Medical and sanitary report on the native army of Bombay for the year
Year: 1879
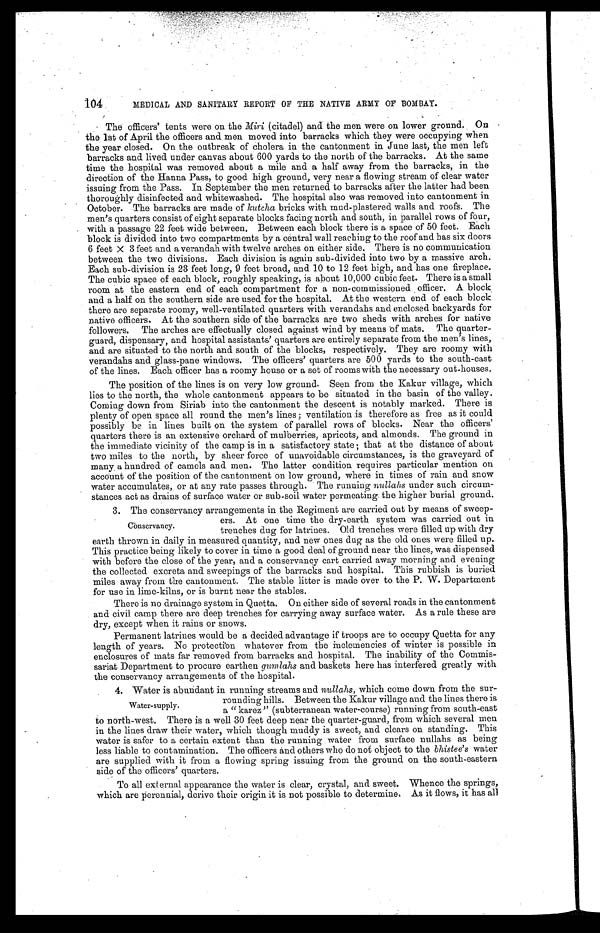
104
MEDICAL AND SANITARY REPORT OF THE NATIVE ARMY OFBOMBAY.
The officers' tents were on the Miri (citadel) and the men were on lower ground. On
the 1st of April the officers and men moved into barracks which they were occupying when
the year closed. On the outbreak of cholera in the cantonment in June last, the men left
barracks and lived under canvas about 600 yards to the north of the barracks. At the same
time the hospital was removed about a mile and a half away from the barracks, in the
direction of the Hanna Pass, to good high ground, very near a flowing stream of clear water
issuing from the Pass. In September the men returned to barracks after the latter had been
thoroughly disinfected and whitewashed. The hospital also was removed into cantonment in
October. The barracks are made of kutcha bricks with mud-plastered walls and roofs. The
men's quarters consist of eight separate blocks facing north and south, in parallel rows of four,
with a passage 22 feet wide between. Between each block there is a space of 50 feet. Each
block is divided into two compartments by a central wall reaching to the roof and has six doors
6 feet X 3 feet and a verandah with twelve arches on either side. There is no communication
between the two divisions. Each division is again sub-divided into two by a massive arch.
Each sub-division is 23 feet long, 9 feet broad, and 10 to 12 feet high, and has one fireplace.
The cubic space of each block, roughly speaking, is about 10,000 cubic feet. There is a small
room at the eastern end of each compartment for a non-commissioned officer. A block
and a half on the southern side are used for the hospital. At the western end of each block
there are separate roomy, well-ventilated quarters with and enclosed backyards for
native officers. At the southern side of the barracks are two sheds with arches for native
followers. The arches are effectually closed against wind by means of mats. The quarter-
guard, dispensary, and hospital assistants' quarters are entirely separate from the men's lines,
and are situated to the north and south of the blocks, respectively. They are roomy with
verandahs and glass-pane windows. The officers' quarters are 500 yards to the south-east
of the lines. Each officer has a roomy house or a set of rooms with the necessary out-houses.
The position of the lines is on very low ground. Seen from the Kakur village, which
lies to the north, the whole cantonment appears to be situated in the basin of the valley.
Coming down from Siriab into the cantonment the descent is notably marked. There is
plenty of open space all round the men's lines; ventilation is therefore as free as it could
possibly be in lines built on the system of parallel rows of blocks. Near the officers'
quarters there is an extensive orchard of mulberries, apricots, and almonds. The ground in
the immediate vicinity of the camp is in a satisfactory state; that at the distance of about
two miles to the north, by sheer force of unavoidable circumstances, is the graveyard of
many a hundred of camels and men. The latter condition requires particular mention on
account of the position of the cantonment on low ground, where in times of rain and snow
water accumulates, or at any rate passes through. The running nullahs under such circum
-stances act as drains of surface water or sub-soil water permeating. the higher burial ground.
3. The conservancy arrangements in the Regiment are carried out by means of sweep-
ers. At one time the dry-earth system was carried out in
trenches dug for latrines. Old trenches were filled up with dry
earth thrown in daily in measured quantity, and new ones dug as the old ones were filled up.
This practice being likely to cover in time a good deal of ground near the lines, was dispensed
with before the close of the year, and a conservancy cart carried away morning and evening
the collected excreta and sweepings of the barracks and hospital. This rubbish is buried
miles away from the cantonment. The stable litter is made over to the P. W. Department
for use in lime-kilns, or is burnt near the stables.
There is no drainage system in Quetta. On either side of several roads in the cantonment
and civil camp there are deep trenches for carrying away surface water. As a rule these are
dry, except when it rains or snows.
Permanent latrines would be a decided advantage if troops are to occupy Quetta for any
length of years. No protection whatever from the inclemencies of winter is possible in
enclosures of mats far removed from barracks and hospital. The inability of the Commis
- s a r i a t D e p a r t m e n t t o p r o c u r e e a r t h e ng
u m l a h s
a n d b a s k e t s h e r e h a s i n t e r f e r e d g r e a t l y w i t h
the conservancy arrangements of the hospital.
4. Water is abundant in running streams and nullahs, which come down from the sur-
rounding hills. Between the Kakur village and the lines there is
a " karez " (subterranean water-course) running from south-east
to north-west. There is a well 30 feet deep near the quarter-guard, from which several men
in the lines draw their water, which though muddy is sweet, and clears on standing. This.
water is safer to a certain extent than the running water from surface nullahs as being
less liable to contamination. The officers and others who do not object to the bhistee's water
are supplied with it from a flowing spring issuing from the ground on the south-eastern
side of the officers' quarters.
To all external appearance the water is clear, crystal, and sweet. Whence the springs,
which are perennial, derive their origin it is not possible to determine. As it flows, it has all
Conservancy.
Water-supply.